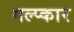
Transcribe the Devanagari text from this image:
गल्प्कार